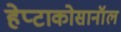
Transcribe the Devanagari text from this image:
हेप्टाकोसानॉल